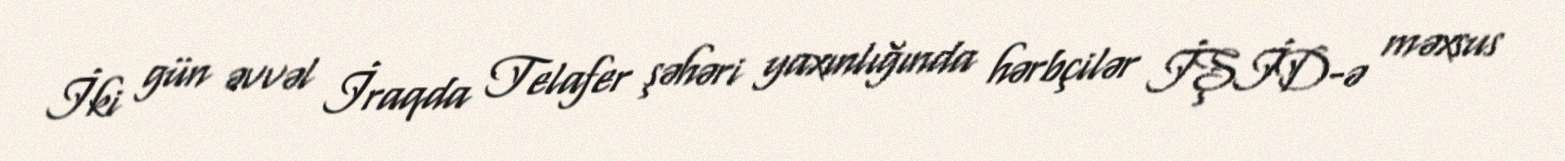
İki gün əvvəl İraqda Telafer şəhəri yaxınlığında hərbçilər İŞİD-ə məxsus